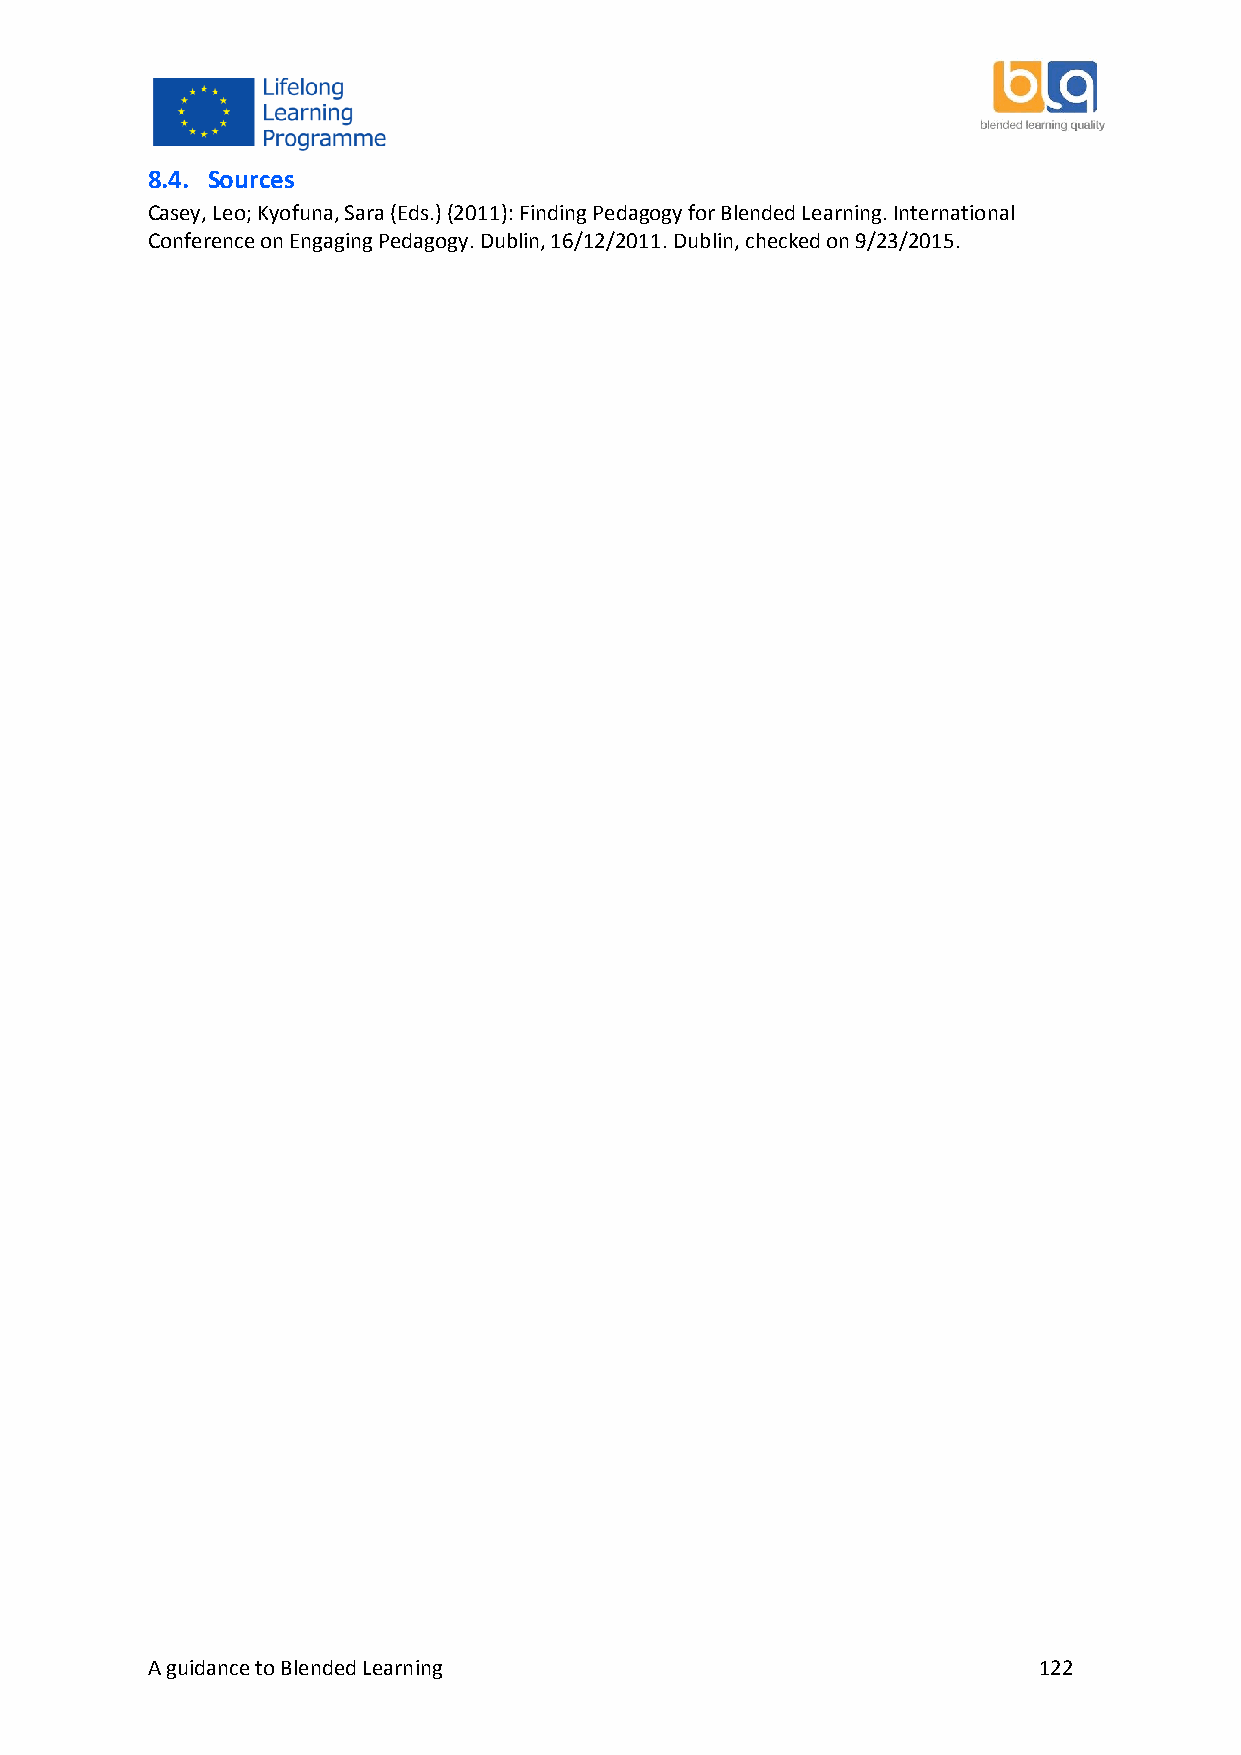
8.4. Sources
 Casey, Leo; Kyofuna, Sara (Eds.) (2011): Finding Pedagogy for Blended Learning. International
 Conference on Engaging Pedagogy. Dublin, 16/12/2011. Dublin, checked on 9/23/2015.
 A guidance to Blended Learning                             122